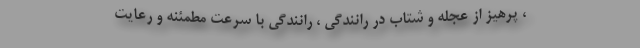
، پرهیز از عجله و شتاب در رانندگی ، رانندگی با سرعت مطمئنه و رعایت